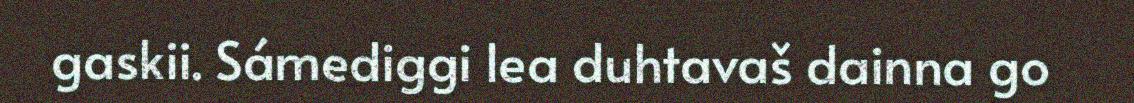
gaskii. Sámediggi lea duhtavaš dainna go